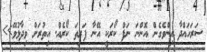
ސަރަހައްދާ އިންވެގެން އޮންނަ ނަފް ކޯރަކީ އޭނާ ފަރިތަ ކޯރެއް. އިތުރަށް ވިދާޅުވޭ>>